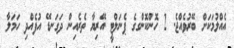
އެއްލުމަކަށް ބޭރުވެއްޖެ. 2 ހޮންކޮންގގެ ޕެނަލްޓީ އޭރިޔާ ތެރެއިން ދަގަނޑޭ އުފެއްދި ހަމަލާ